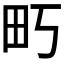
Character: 𰢶